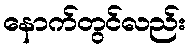
နောက်တွင်လည်း